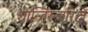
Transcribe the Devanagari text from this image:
शान्तिरन्तरिक्षँ